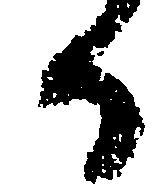
る